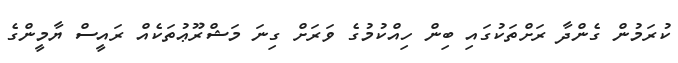
ކުރަމުން ގެންދާ ރަށްތަކުގައި ބިން ހިއްކުމުގެ ވަރަށް ގިނަ މަޝްރޫޢުތަކެއް ރައީސް ޔާމީންގެ